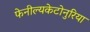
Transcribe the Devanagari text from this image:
फेनील्यकेटोनुरिया